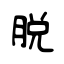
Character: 脱